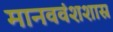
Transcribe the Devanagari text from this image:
मानववंशशास्र